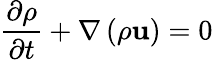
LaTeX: \frac{\partial\rho}{\partial t}+\mathbf{\nabla}\left(\rho\mathbf{u}\right)=0